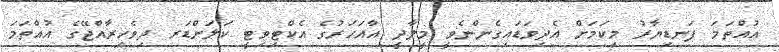
އުއްތަމަ ފަނޑިޔާރު މިކަމަށް އެދިވަޑައިގެންނެވީ މީލާދީ އާއަހަރުގެ އެކްޓިވިޓީ ކަލަންޑަރ ދިވެހިރާއްޖޭގެ އުއްތަމަ